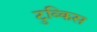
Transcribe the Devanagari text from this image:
टुव्किस